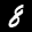
Label: 8